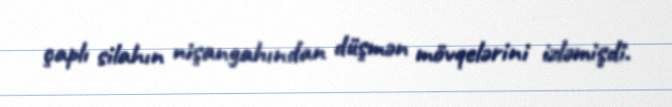
çaplı silahın nişangahından düşmən mövqelərini izləmişdi.